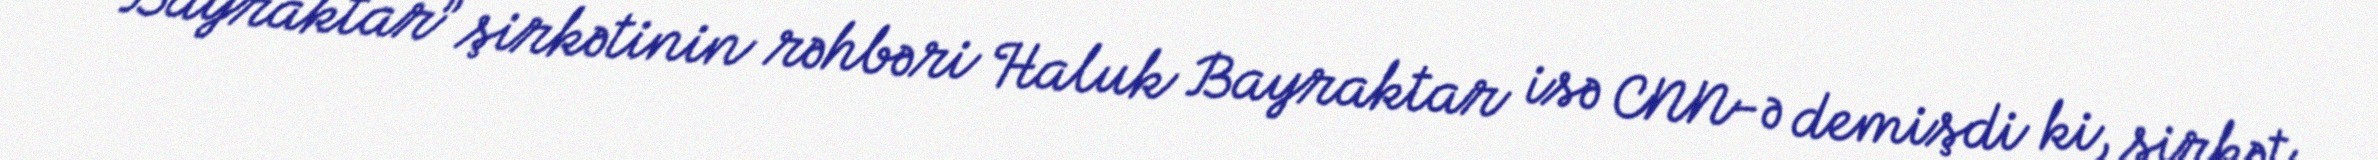
“Bayraktar” şirkətinin rəhbəri Haluk Bayraktar isə CNN-ə demişdi ki, şirkət